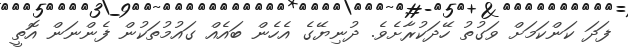
ފަދަ ކަންކަމަށް ވަގުތު ހޭދަކުރާށެވެ. ދުނިޔޭގެ އެހެން ބައެއް ގައުމުތަކުން ފެންނަން އޮތީ